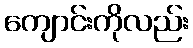
ကျောင်းကိုလည်း